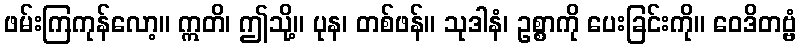
ဖမ်းကြကုန်လော့။ ဣတိ၊ ဤသို့။ ပုန၊ တစ်ဖန်။ သုဒါနံ၊ ဥစ္စာကို ပေးခြင်းကို။ ဝေဒိတဗ္ဗံ